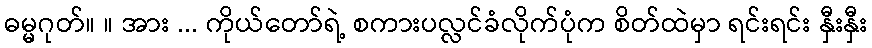
ဓမ္မဂုတ်။ ။ အား ... ကိုယ်တော်ရဲ့ စကားပလ္လင်ခံလိုက်ပုံက စိတ်ထဲမှာ ရင်းရင်း နှီးနှီး